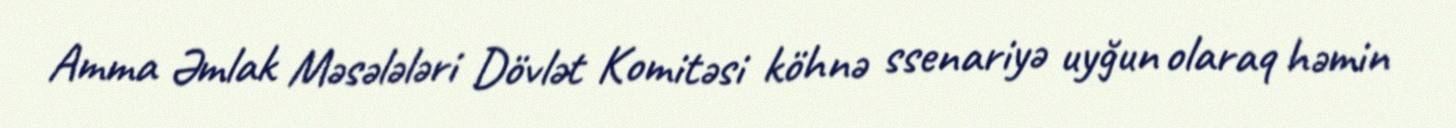
Amma Əmlak Məsələləri Dövlət Komitəsi köhnə ssenariyə uyğun olaraq həmin